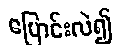
ပြောင်းလဲ၍